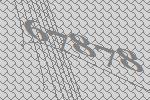
67878